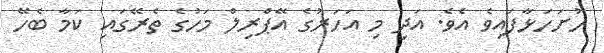
ހުށަހަޅާފައިވެ އެވެ. އަދި މި އަހަރުގެ އޭޕްރިލް މަހުގެ ތެރޭގައި ކަމާ ބެހޭ